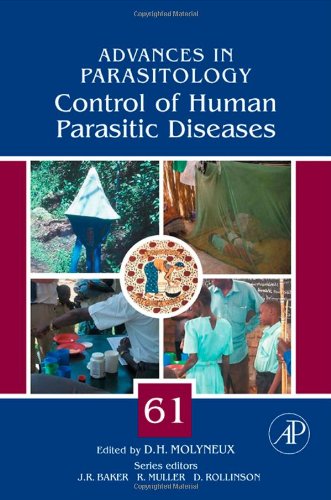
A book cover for Control of Human Parasitic Diseases, Volume 61 (Advances in Parasitology); Medical Books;